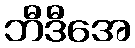
ဘီဒီအေ